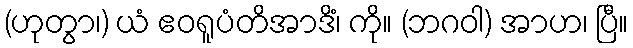
(ဟုတွာ၊) ယံ ဧဝရူပံတိအာဒိံ၊ ကို။ (ဘဂဝါ) အာဟ၊ ပြီ။